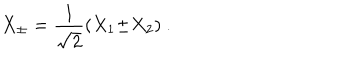
X _ { \pm } = { \frac { 1 } { \sqrt { 2 } } } ( X _ { 1 } { \pm } X _ { 2 } ) ~ .